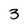
Character: 3